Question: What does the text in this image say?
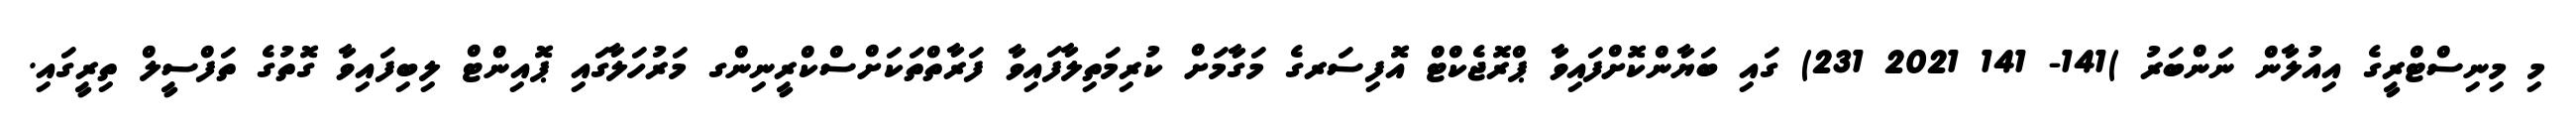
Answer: މި މިނިސްޓްރީގެ އިއުލާން ނަންބަރު )141- 141 2021 231) ގައި ބަޔާންކޮށްފައިވާ ޕްރޮޖެކްޓް އޮފިސަރގެ މަގާމަށް ކުރިމަތިލާފައިވާ ފަރާތްތަކަށްސްކްރީނިންގ މަރުހަލާގައި ޕޮއިންޓް ލިބިފައިވާ ގޮތުގެ ތަފްސީލް ތިރީގައި.